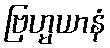
ဗြဟ္မယာနံ